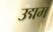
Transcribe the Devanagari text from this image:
उद्मम